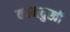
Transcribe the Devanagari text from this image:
कानदुखी